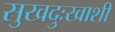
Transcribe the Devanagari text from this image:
सुखदुःखाशी